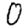
Digit: 0